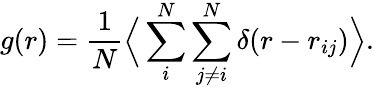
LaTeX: g(r)=\frac{1}{N}\Big<\sum_{i}^{N}\sum_{j\neq i}^{N}\delta(r-r_{ij})\Big>.